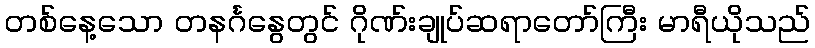
တစ်နေ့သော တနင်္ဂနွေတွင် ဂိုဏ်းချုပ်ဆရာတော်ကြီး မာရီယိုသည်